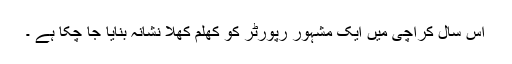
اس سال کراچی میں ایک مشہور رپورٹر کو کھلم کھلا نشانہ بنایا جا چکا ہے ۔